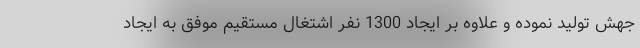
جهش تولید نموده و علاوه بر ایجاد 1300 نفر اشتغال مستقیم موفق به ایجاد